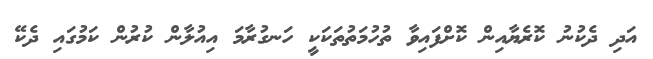
އަދި ދެކުނު ކޮރެޔާއިން ކޮށްފައިވާ ތުހުމަތުތަކަކީ ހަނގުރާމަ އިއުލާން ކުރުން ކަމުގައި ދެކޭ